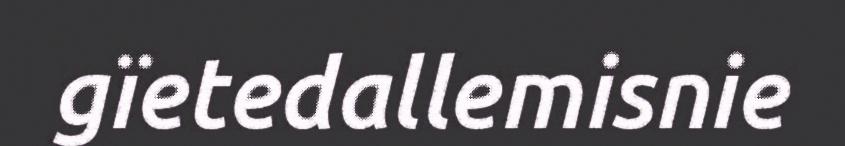
gïetedallemisnie